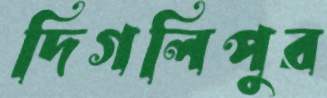
দিগলিপুর